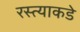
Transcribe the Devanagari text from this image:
रस्त्याकडे